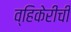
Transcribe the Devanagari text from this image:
व्हिकेरीची